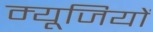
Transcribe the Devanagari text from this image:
म्यूजियों